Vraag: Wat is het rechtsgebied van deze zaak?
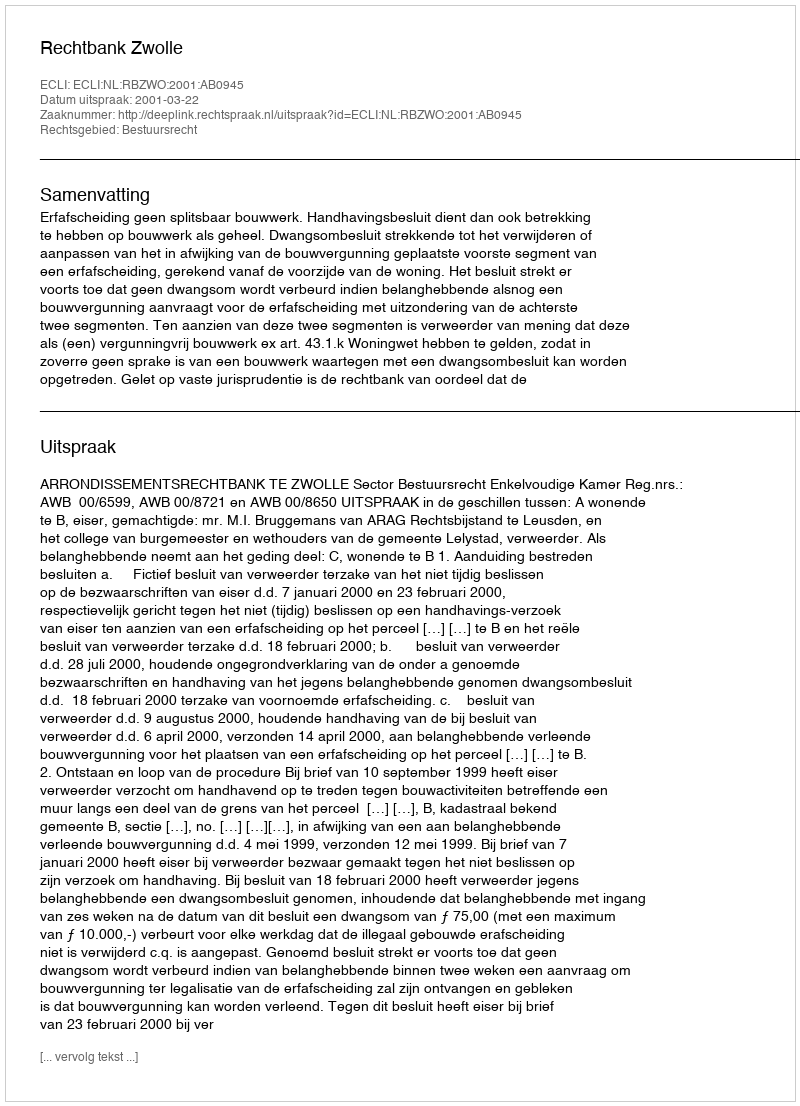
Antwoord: Bestuursrecht